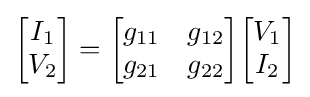
{\begin{bmatrix}I_{1}\\V_{2}\end{bmatrix}}={\begin{bmatrix}g_{11}&g_{12}\\g_{21}&g_{22}\end{bmatrix}}{\begin{bmatrix}V_{1}\\I_{2}\end{bmatrix}}